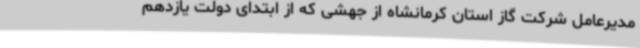
مدیرعامل شرکت گاز استان کرمانشاه از جهشی که از ابتدای دولت یازدهم